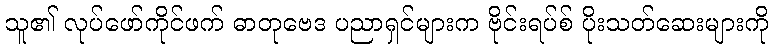
သူ၏ လုပ်ဖော်ကိုင်ဖက် ဓာတုဗေဒ ပညာရှင်များက ဗိုင်းရပ်စ် ပိုးသတ်ဆေးများကို